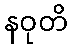
နဝုတိ